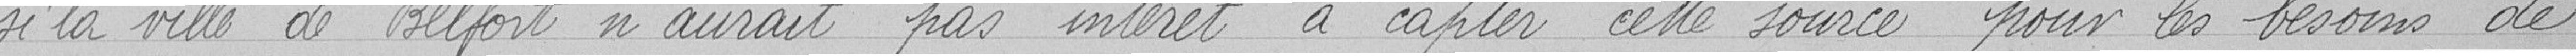
si la ville de Belfort n'aurait pas intéret à capter cette source pour les besoins de